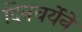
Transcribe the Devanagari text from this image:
दिनचर्येने